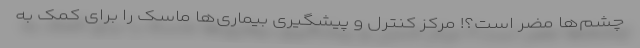
چشم‌ها مضر است؟! مرکز کنترل و پیشگیری بیماری‌ها ماسک را برای کمک به